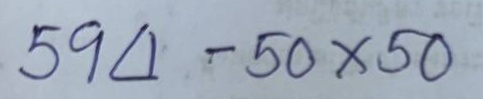
594 - 50 x 50